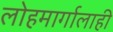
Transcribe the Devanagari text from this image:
लोहमार्गालाही